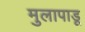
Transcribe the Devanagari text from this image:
मुलापाडू